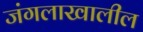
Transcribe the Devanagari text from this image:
जंगलाखालील